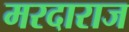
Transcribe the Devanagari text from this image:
मरदाराज